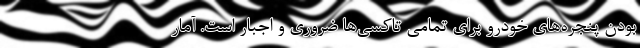
بودن پنجره‌های خودرو برای تمامی تاکسی‌ها ضروری و اجبار است. آمار